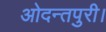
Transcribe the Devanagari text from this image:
ओदन्तपुरी।